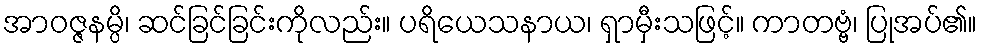
အာဝဇ္ဇနမ္ပိ၊ ဆင်ခြင်ခြင်းကိုလည်း။ ပရိယေသနာယ၊ ရှာမှီးသဖြင့်။ ကာတဗ္ဗံ၊ ပြုအပ်၏။